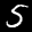
Label: 5